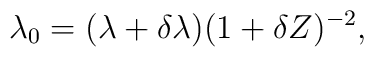
\lambda_{0}= (\lambda+\delta\lambda)(1+\delta Z)^{-2},